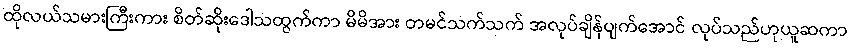
ထိုလယ်သမားကြီးကား စိတ်ဆိုးဒေါသထွက်ကာ မိမိအား တမင်သက်သက် အလုပ်ချိန်ပျက်အောင် လုပ်သည်ဟုယူဆကာ